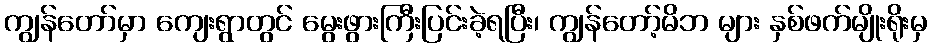
ကျွန်တော်မှာ ကျေးရွာတွင် မွေးဖွားကြီးပြင်းခဲ့ရပြီး၊ ကျွန်တော့်မိဘ များ နှစ်ဖက်မျိုးရိုးမှ